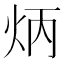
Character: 炳